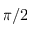
\pi / 2